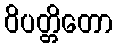
ဝိပတ္တိတော